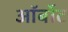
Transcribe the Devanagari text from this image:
ऑर्बोट